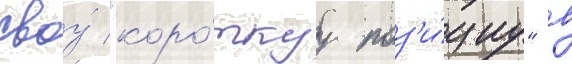
своу́ "коро́ткуу поз'и́циу" в